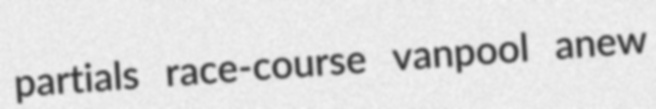
partials race-course vanpool anew